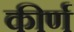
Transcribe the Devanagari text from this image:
कीर्ण